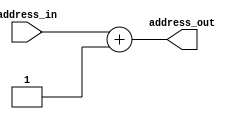
`timescale 1ns / 1ps
//////////////////////////////////////////////////////////////////////////////////
// Company: 
// Engineer: 
// 
// Design Name: 
// Module Name: adder_pc
// Project Name: 
// Target Devices: 
// Tool Versions: 
// Description: 
// 
// Dependencies: 
// 
// Revision:
// Revision 0.01 - File Created
// Additional Comments:
// 
//////////////////////////////////////////////////////////////////////////////////


module adder_pc(
    input [7:0] address_in,
    //input reset,
    output  [7:0] address_out
    );
    
//    always @(address_in)
//    begin
  //  always @(reset)
  //  begin
   // if (reset == 1) begin
   // address_out = 8'b00000000;
   // end
   // else begin
    assign address_out = address_in + 8'b00000001;
   // end
   // end
endmodule